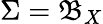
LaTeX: \Sigma={\mathfrak{B}}_{X}